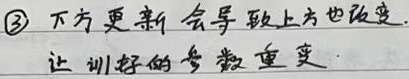
\textcircled{3} 下方更新会导致上方也改变.让训好的参数重变.